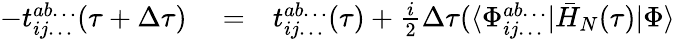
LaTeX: \begin{array}{rlr}{-t_{ij\dots}^{ab\dots}(\tau+\Delta\tau)}&{{}=}&{t_{ij\dots}^{ab\dots}(\tau)+\frac{i}{2}\Delta\tau(\langle\Phi_{ij\dots}^{ab\dots}|\bar{H}_{N}(\tau)|\Phi\rangle}\end{array}